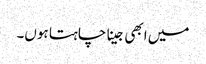
میں ابھی جینا چاہتا ہوں۔